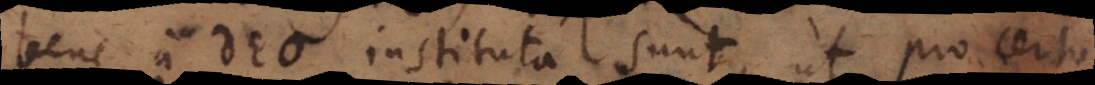
bene a Deo instituta sunt, ut pro certo